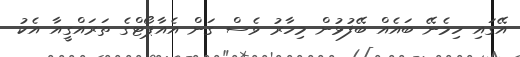
އޭގައި ހިމެނޭ ބައެއް ބޭފުޅުން މިހާރު ވެސް ގަން އެއާޕޯޓްގެ ތަރައްގީއާ އެކު